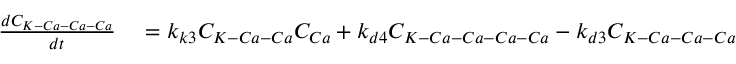
\begin{array} { r l } { \frac { d C _ { K - C a - C a - C a } } { d t } } & { { } = k _ { k 3 } C _ { K - C a - C a } C _ { C a } + k _ { d 4 } C _ { K - C a - C a - C a - C a } - k _ { d 3 } C _ { K - C a - C a - C a } } \end{array}